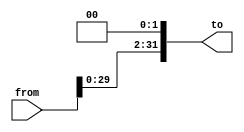
`ifndef __LeftShift2b__
`define __LeftShift2b__

// left shift 2 bits padded with 0's
module LeftShift2b(
    from,
    to
);
    input wire [31:0] from;
    output wire [31:0] to;

    assign to = {from[29:0], 2'b00};
endmodule // LeftShift2b

`endif